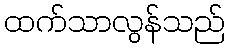
ထက်သာလွန်သည်